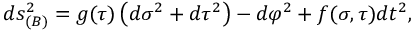
d s _ { ( B ) } ^ { 2 } = g ( \tau ) \left( d \sigma ^ { 2 } + d \tau ^ { 2 } \right) - d \varphi ^ { 2 } + f ( \sigma , \tau ) d t ^ { 2 } ,